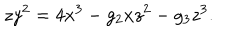
z y ^ { 2 } = 4 x ^ { 3 } - g _ { 2 } x z ^ { 2 } - g _ { 3 } z ^ { 3 } .